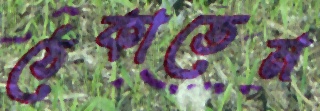
ঠেকাতেম